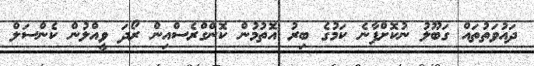
ދައުވަތުތައް ގަބޫލު ނުކޮށްފާނެ ކަމުގެ ބިރު އޮތުމުން ކޮންގްރެސްއިން ރޯދަ ވީއްލުން ކެންސަލް